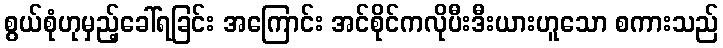
စွယ်စုံဟုမှည့်ခေါ်ရခြင်း အကြောင်း အင်စိုင်ကလိုပီးဒီးယားဟူသော စကားသည်